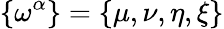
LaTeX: \smash{\{ \omega^{\alpha}\} }=\{ \mu,\nu,\eta,\xi\}